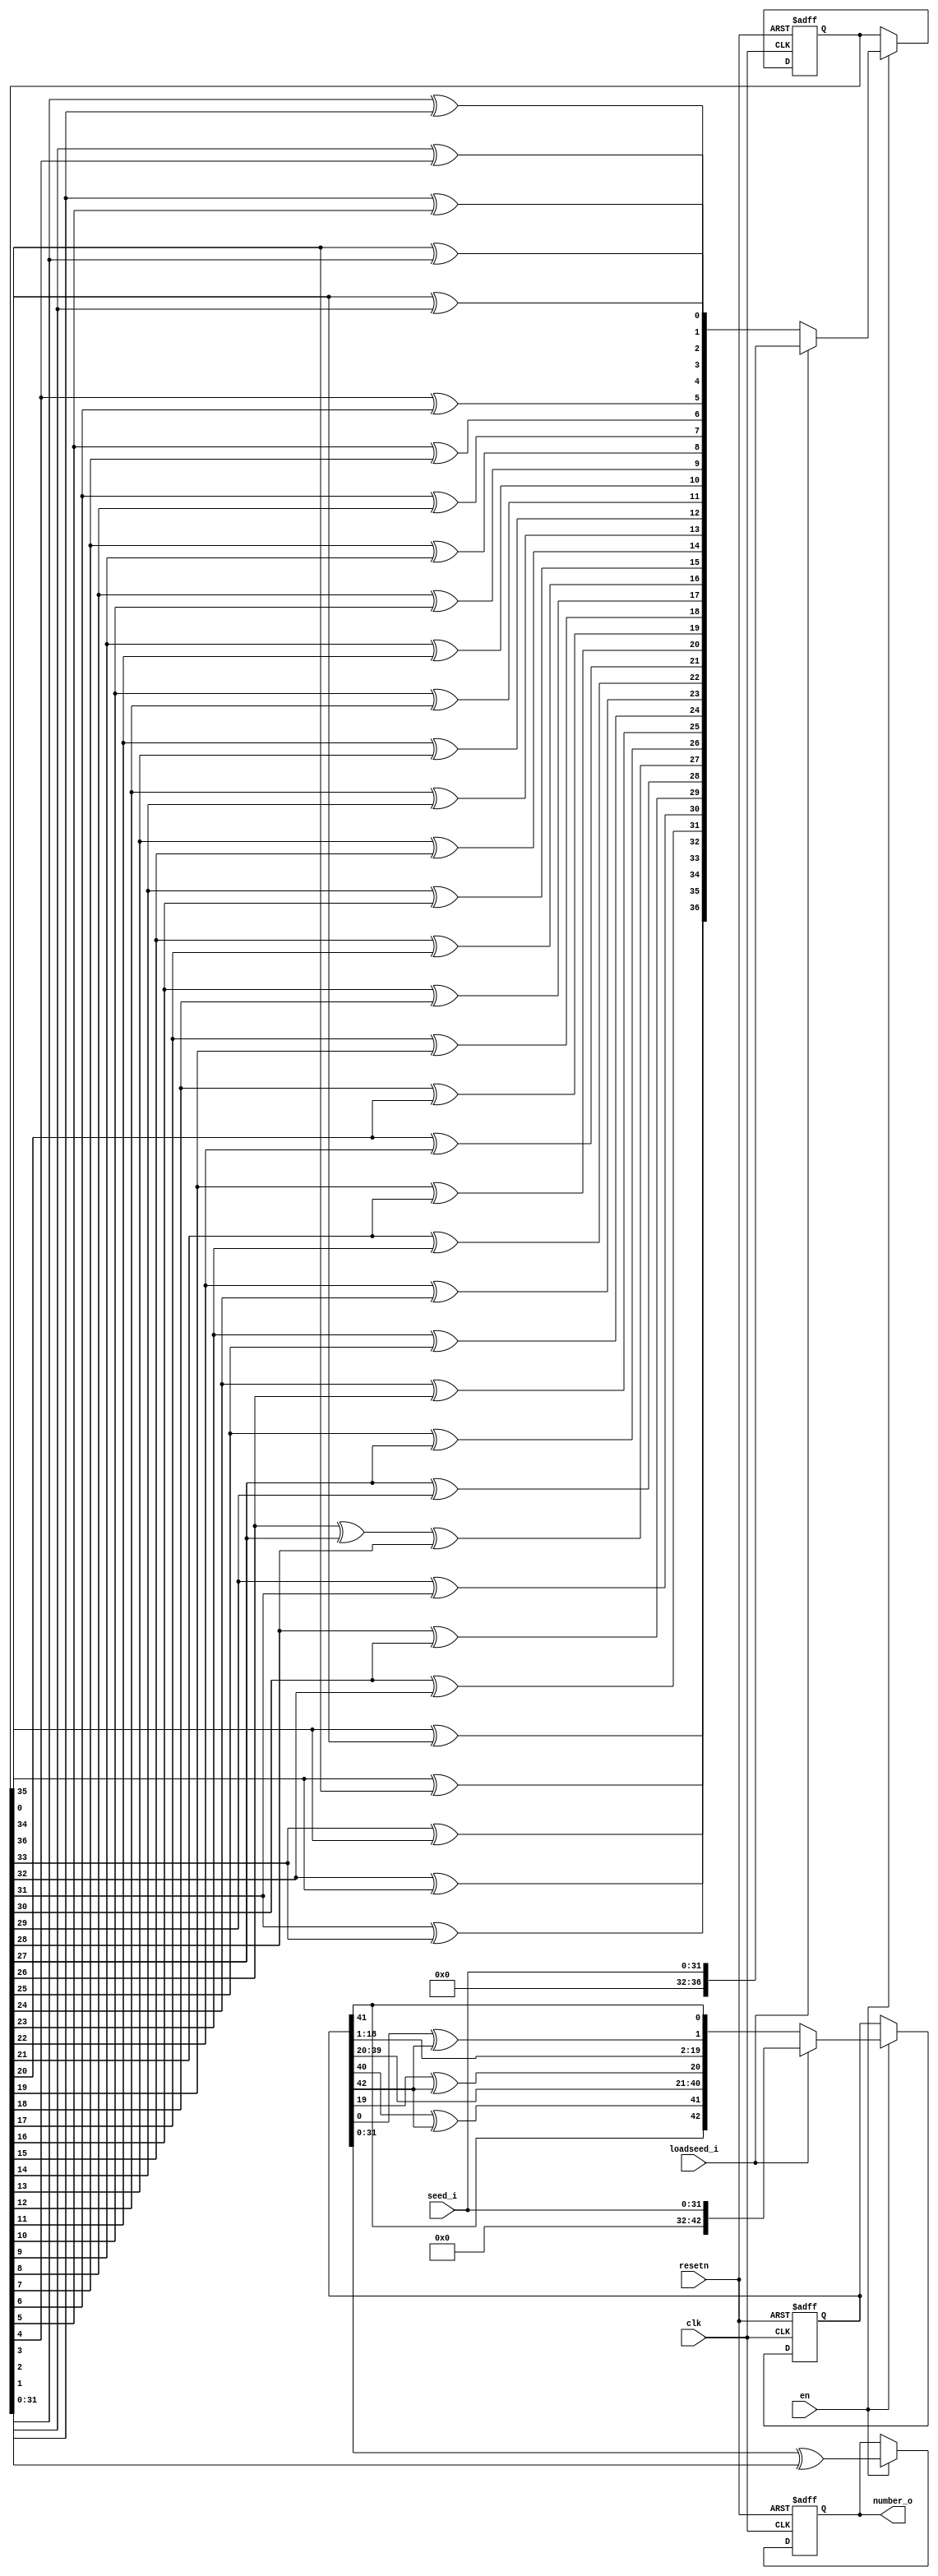
//////////////////////////////////////////////////////////////////////
////                                                              ////
////  Random Number Generator                                     ////
////                                                              ////
////  This file is part of the SystemC RNG                        ////
////                                                              ////
////  Description:                                                ////
////                                                              ////
////  Implementation of random number generator                   ////
////                                                              ////
////  To Do:                                                      ////
////   - done                                                     ////
////                                                              ////
////  Author(s):                                                  ////
////      - Javier Castillo, javier.castillo@urjc.es              ////
////                                                              ////
////  This core is provided by Universidad Rey Juan Carlos        ////
////  http://www.escet.urjc.es/~jmartine                          ////
////                                                              ////
//////////////////////////////////////////////////////////////////////
////                                                              ////
//// Copyright (C) 2000 Authors and OPENCORES.ORG                 ////
////                                                              ////
//// This source file may be used and distributed without         ////
//// restriction provided that this copyright statement is not    ////
//// removed from the file and that any derivative work contains  ////
//// the original copyright notice and the associated disclaimer. ////
////                                                              ////
//// This source file is free software; you can redistribute it   ////
//// and/or modify it under the terms of the GNU Lesser General   ////
//// Public License as published by the Free Software Foundation; ////
//// either version 2.1 of the License, or (at your option) any   ////
//// later version.                                               ////
////                                                              ////
//// This source is distributed in the hope that it will be       ////
//// useful, but WITHOUT ANY WARRANTY; without even the implied   ////
//// warranty of MERCHANTABILITY or FITNESS FOR A PARTICULAR      ////
//// PURPOSE.  See the GNU Lesser General Public License for more ////
//// details.                                                     ////
////                                                              ////
//// You should have received a copy of the GNU Lesser General    ////
//// Public License along with this source; if not, download it   ////
//// from http://www.opencores.org/lgpl.shtml                     ////
////                                                              ////
//////////////////////////////////////////////////////////////////////
//
// CVS Revision History
//
// $Log: rng.v,v $
// Revision 1.4  2005/09/16 00:16:22  jcastillo
// no message
//
// Revision 1.3  2005/07/30 20:07:26  jcastillo
// Correct bit 28. Correct assignation to bit 31
//
// Revision 1.2  2005/07/29 09:13:06  jcastillo
// Correct bit 28 of CASR
//
// Revision 1.1  2004/09/23 09:43:06  jcastillo
// Verilog first import
//

//Added Enable Pin!!!

`timescale 10ns/1ns

module rng(clk, en, resetn,loadseed_i,seed_i,number_o);
input clk;
input resetn;
input en; 
input loadseed_i;
input [31:0] seed_i;
output [31:0] number_o;

reg [31:0] number_o;

reg [42:0] LFSR_reg;
reg [36:0] CASR_reg;


//CASR:
reg[36:0] CASR_varCASR,CASR_outCASR;
always @(posedge clk or negedge resetn)

   begin

   if (!resetn )

      begin

      CASR_reg  = (1);

      end

   else if (en)    //Originally else only

      begin

      if (loadseed_i )

         begin

         CASR_varCASR [36:32]=0;
         CASR_varCASR [31:0]=seed_i ;
         CASR_reg  = (CASR_varCASR );

         end

      else 

         begin

         CASR_varCASR =CASR_reg ;

         CASR_outCASR [36]=CASR_varCASR [35]^CASR_varCASR [0];
         CASR_outCASR [35]=CASR_varCASR [34]^CASR_varCASR [36];
         CASR_outCASR [34]=CASR_varCASR [33]^CASR_varCASR [35];
         CASR_outCASR [33]=CASR_varCASR [32]^CASR_varCASR [34];
         CASR_outCASR [32]=CASR_varCASR [31]^CASR_varCASR [33];
         CASR_outCASR [31]=CASR_varCASR [30]^CASR_varCASR [32];
         CASR_outCASR [30]=CASR_varCASR [29]^CASR_varCASR [31];
         CASR_outCASR [29]=CASR_varCASR [28]^CASR_varCASR [30];
         CASR_outCASR [28]=CASR_varCASR [27]^CASR_varCASR [29];
         CASR_outCASR [27]=CASR_varCASR [26]^CASR_varCASR [27]^CASR_varCASR [28];
         CASR_outCASR [26]=CASR_varCASR [25]^CASR_varCASR [27];
         CASR_outCASR [25]=CASR_varCASR [24]^CASR_varCASR [26];
         CASR_outCASR [24]=CASR_varCASR [23]^CASR_varCASR [25];
         CASR_outCASR [23]=CASR_varCASR [22]^CASR_varCASR [24];
         CASR_outCASR [22]=CASR_varCASR [21]^CASR_varCASR [23];
         CASR_outCASR [21]=CASR_varCASR [20]^CASR_varCASR [22];
         CASR_outCASR [20]=CASR_varCASR [19]^CASR_varCASR [21];
         CASR_outCASR [19]=CASR_varCASR [18]^CASR_varCASR [20];
         CASR_outCASR [18]=CASR_varCASR [17]^CASR_varCASR [19];
         CASR_outCASR [17]=CASR_varCASR [16]^CASR_varCASR [18];
         CASR_outCASR [16]=CASR_varCASR [15]^CASR_varCASR [17];
         CASR_outCASR [15]=CASR_varCASR [14]^CASR_varCASR [16];
         CASR_outCASR [14]=CASR_varCASR [13]^CASR_varCASR [15];
         CASR_outCASR [13]=CASR_varCASR [12]^CASR_varCASR [14];
         CASR_outCASR [12]=CASR_varCASR [11]^CASR_varCASR [13];
         CASR_outCASR [11]=CASR_varCASR [10]^CASR_varCASR [12];
         CASR_outCASR [10]=CASR_varCASR [9]^CASR_varCASR [11];
         CASR_outCASR [9]=CASR_varCASR [8]^CASR_varCASR [10];
         CASR_outCASR [8]=CASR_varCASR [7]^CASR_varCASR [9];
         CASR_outCASR [7]=CASR_varCASR [6]^CASR_varCASR [8];
         CASR_outCASR [6]=CASR_varCASR [5]^CASR_varCASR [7];
         CASR_outCASR [5]=CASR_varCASR [4]^CASR_varCASR [6];
         CASR_outCASR [4]=CASR_varCASR [3]^CASR_varCASR [5];
         CASR_outCASR [3]=CASR_varCASR [2]^CASR_varCASR [4];
         CASR_outCASR [2]=CASR_varCASR [1]^CASR_varCASR [3];
         CASR_outCASR [1]=CASR_varCASR [0]^CASR_varCASR [2];
         CASR_outCASR [0]=CASR_varCASR [36]^CASR_varCASR [1];

         CASR_reg  = (CASR_outCASR );

         end

      end

   end
   
//LFSR:
reg[42:0] LFSR_varLFSR;
reg outbitLFSR;
always @(posedge clk or negedge resetn)

   begin

   if (!resetn )

      begin

      LFSR_reg  = (1);

      end

   else if (en)  //Originally else only

      begin

      if (loadseed_i )

         begin

         LFSR_varLFSR [42:32]=0;
         LFSR_varLFSR [31:0]=seed_i ;
         LFSR_reg  = (LFSR_varLFSR );


         end

      else 

         begin

         LFSR_varLFSR =LFSR_reg ;

         outbitLFSR =LFSR_varLFSR [42];
         LFSR_varLFSR [42]=LFSR_varLFSR [41];
         LFSR_varLFSR [41]=LFSR_varLFSR [40]^outbitLFSR ;
         LFSR_varLFSR [40]=LFSR_varLFSR [39];
         LFSR_varLFSR [39]=LFSR_varLFSR [38];
         LFSR_varLFSR [38]=LFSR_varLFSR [37];
         LFSR_varLFSR [37]=LFSR_varLFSR [36];
         LFSR_varLFSR [36]=LFSR_varLFSR [35];
         LFSR_varLFSR [35]=LFSR_varLFSR [34];
         LFSR_varLFSR [34]=LFSR_varLFSR [33];
         LFSR_varLFSR [33]=LFSR_varLFSR [32];
         LFSR_varLFSR [32]=LFSR_varLFSR [31];
         LFSR_varLFSR [31]=LFSR_varLFSR [30];
         LFSR_varLFSR [30]=LFSR_varLFSR [29];
         LFSR_varLFSR [29]=LFSR_varLFSR [28];
         LFSR_varLFSR [28]=LFSR_varLFSR [27];
         LFSR_varLFSR [27]=LFSR_varLFSR [26];
         LFSR_varLFSR [26]=LFSR_varLFSR [25];
         LFSR_varLFSR [25]=LFSR_varLFSR [24];
         LFSR_varLFSR [24]=LFSR_varLFSR [23];
         LFSR_varLFSR [23]=LFSR_varLFSR [22];
         LFSR_varLFSR [22]=LFSR_varLFSR [21];
         LFSR_varLFSR [21]=LFSR_varLFSR [20];
         LFSR_varLFSR [20]=LFSR_varLFSR [19]^outbitLFSR ;
         LFSR_varLFSR [19]=LFSR_varLFSR [18];
         LFSR_varLFSR [18]=LFSR_varLFSR [17];
         LFSR_varLFSR [17]=LFSR_varLFSR [16];
         LFSR_varLFSR [16]=LFSR_varLFSR [15];
         LFSR_varLFSR [15]=LFSR_varLFSR [14];
         LFSR_varLFSR [14]=LFSR_varLFSR [13];
         LFSR_varLFSR [13]=LFSR_varLFSR [12];
         LFSR_varLFSR [12]=LFSR_varLFSR [11];
         LFSR_varLFSR [11]=LFSR_varLFSR [10];
         LFSR_varLFSR [10]=LFSR_varLFSR [9];
         LFSR_varLFSR [9]=LFSR_varLFSR [8];
         LFSR_varLFSR [8]=LFSR_varLFSR [7];
         LFSR_varLFSR [7]=LFSR_varLFSR [6];
         LFSR_varLFSR [6]=LFSR_varLFSR [5];
         LFSR_varLFSR [5]=LFSR_varLFSR [4];
         LFSR_varLFSR [4]=LFSR_varLFSR [3];
         LFSR_varLFSR [3]=LFSR_varLFSR [2];
         LFSR_varLFSR [2]=LFSR_varLFSR [1];
         LFSR_varLFSR [1]=LFSR_varLFSR [0]^outbitLFSR ;
         LFSR_varLFSR [0]=LFSR_varLFSR [42];

         LFSR_reg  = (LFSR_varLFSR );

         end

      end

   end
   
//combinate:
always @(posedge clk or negedge resetn)

   begin

   if (!resetn )

      begin

      number_o  = (0);

      end

   else if (en)   //Originally else only

      begin

      number_o  = (LFSR_reg [31:0]^CASR_reg[31:0]);

      end


   end

endmodule